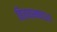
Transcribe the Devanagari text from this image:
विजयान्माद३०